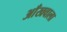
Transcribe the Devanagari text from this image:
आँखवाला